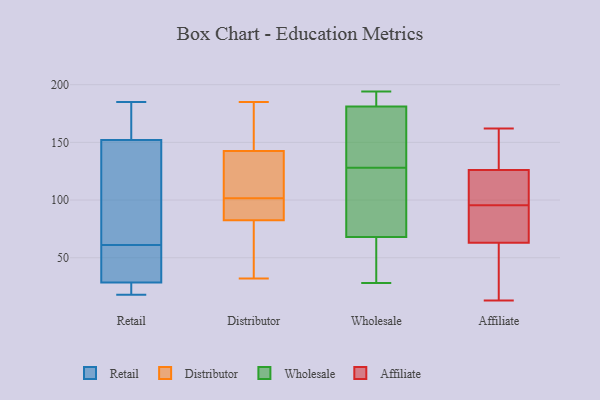
{"axis": {"x": "Humidity (%)", "y": "Value"}, "legend": ["Affiliate", "Distributor", "Retail", "Wholesale"], "data": [{"x": "", "y": 26, "type": "Retail"}, {"x": "", "y": 24, "type": "Retail"}, {"x": "", "y": 180, "type": "Retail"}, {"x": "", "y": 58, "type": "Retail"}, {"x": "", "y": 65, "type": "Retail"}, {"x": "", "y": 18, "type": "Retail"}, {"x": "", "y": 160, "type": "Retail"}, {"x": "", "y": 185, "type": "Retail"}, {"x": "", "y": 128, "type": "Retail"}, {"x": "", "y": 61, "type": "Retail"}, {"x": "", "y": 36, "type": "Retail"}, {"x": "", "y": 185, "type": "Distributor"}, {"x": "", "y": 176, "type": "Distributor"}, {"x": "", "y": 32, "type": "Distributor"}, {"x": "", "y": 128, "type": "Distributor"}, {"x": "", "y": 183, "type": "Distributor"}, {"x": "", "y": 110, "type": "Distributor"}, {"x": "", "y": 83, "type": "Distributor"}, {"x": "", "y": 135, "type": "Distributor"}, {"x": "", "y": 76, "type": "Distributor"}, {"x": "", "y": 82, "type": "Distributor"}, {"x": "", "y": 165, "type": "Distributor"}, {"x": "", "y": 94, "type": "Distributor"}, {"x": "", "y": 92, "type": "Distributor"}, {"x": "", "y": 85, "type": "Distributor"}, {"x": "", "y": 102, "type": "Distributor"}, {"x": "", "y": 73, "type": "Distributor"}, {"x": "", "y": 76, "type": "Distributor"}, {"x": "", "y": 101, "type": "Distributor"}, {"x": "", "y": 109, "type": "Distributor"}, {"x": "", "y": 150, "type": "Distributor"}, {"x": "", "y": 181, "type": "Wholesale"}, {"x": "", "y": 28, "type": "Wholesale"}, {"x": "", "y": 72, "type": "Wholesale"}, {"x": "", "y": 38, "type": "Wholesale"}, {"x": "", "y": 64, "type": "Wholesale"}, {"x": "", "y": 111, "type": "Wholesale"}, {"x": "", "y": 122, "type": "Wholesale"}, {"x": "", "y": 100, "type": "Wholesale"}, {"x": "", "y": 194, "type": "Wholesale"}, {"x": "", "y": 189, "type": "Wholesale"}, {"x": "", "y": 134, "type": "Wholesale"}, {"x": "", "y": 181, "type": "Wholesale"}, {"x": "", "y": 142, "type": "Wholesale"}, {"x": "", "y": 37, "type": "Wholesale"}, {"x": "", "y": 186, "type": "Wholesale"}, {"x": "", "y": 137, "type": "Wholesale"}, {"x": "", "y": 13, "type": "Affiliate"}, {"x": "", "y": 105, "type": "Affiliate"}, {"x": "", "y": 136, "type": "Affiliate"}, {"x": "", "y": 67, "type": "Affiliate"}, {"x": "", "y": 126, "type": "Affiliate"}, {"x": "", "y": 17, "type": "Affiliate"}, {"x": "", "y": 78, "type": "Affiliate"}, {"x": "", "y": 99, "type": "Affiliate"}, {"x": "", "y": 162, "type": "Affiliate"}, {"x": "", "y": 92, "type": "Affiliate"}, {"x": "", "y": 119, "type": "Affiliate"}, {"x": "", "y": 42, "type": "Affiliate"}, {"x": "", "y": 63, "type": "Affiliate"}, {"x": "", "y": 146, "type": "Affiliate"}]}